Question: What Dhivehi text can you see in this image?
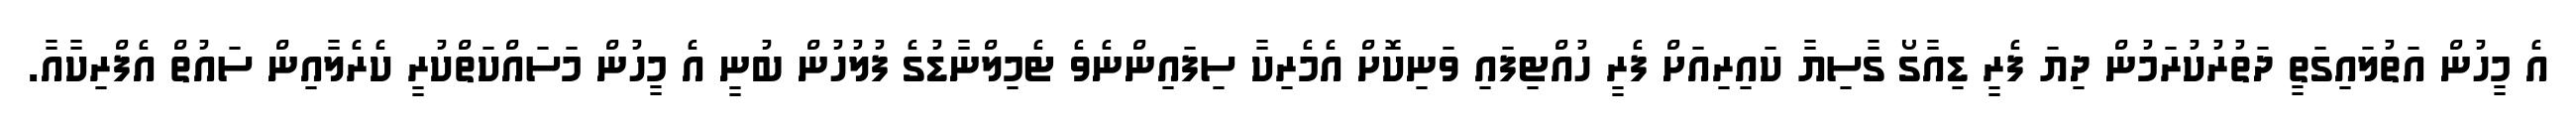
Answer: އެ މީހުން އަތުލައިގަތީ ދަތުރުކުރަމުން ދިޔަ ފެރީ ޑިއާގޯ ގާސިޔާ ކައިރިއަށް ފެރީ ހުއްޓިފައި ވަނިކޮށް އެމެރިކާ ސިފައިންނެވެ ޓެމިލްނާޑުގެ ފުލުހުން ބުނީ އެ މީހުން މަސައްކަތްކުރީ ކެރެލާއިން ސައުތް އެފްރިކާއާ.